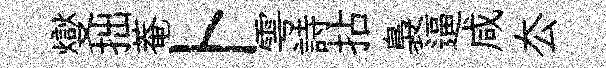
燮拙菴卜雩詩拈裊逼咸厺